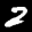
Label: 2